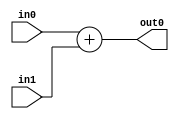
module add_mine(
    input [1:0] in0,
    input [1:0] in1,
    output [1:0] out0
    );
    
    assign out0 = in0 + in1;
endmodule